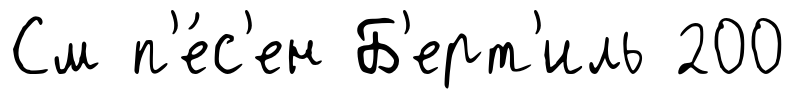
См п'е́с'ен Б'ерт'иль 200